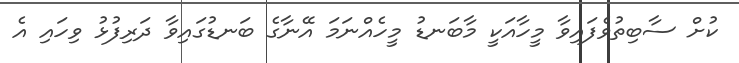
ކުށް ސާބިތުވެފައިވާ މީހާއަކީ މާބަނޑު މީހެއްނަމަ އޭނާގެ ބަނޑުގައިވާ ދަރިފުޅު ވިހައި އެ